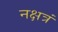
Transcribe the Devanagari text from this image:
नक्षत्रं